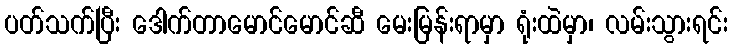
ပတ်သက်ပြီး ဒေါက်တာမောင်မောင်ဆီ မေးမြန်းရာမှာ ရုံးထဲမှာ၊ လမ်းသွားရင်း